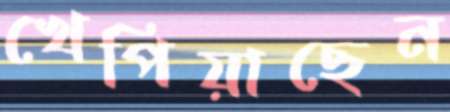
খেপিয়াছেন